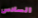
السادس